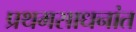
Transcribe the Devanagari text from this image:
प्रथमसाधनांत